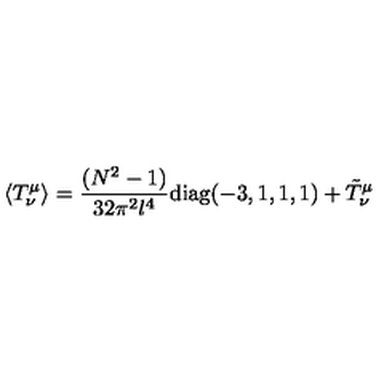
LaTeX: \langle T _ { \nu } ^ { \mu } \rangle = { \frac { ( N ^ { 2 } - 1 ) } { 3 2 \pi ^ { 2 } l ^ { 4 } } } \mathrm { d i a g } ( - 3 , 1 , 1 , 1 ) + \tilde { T } _ { \nu } ^ { \mu }